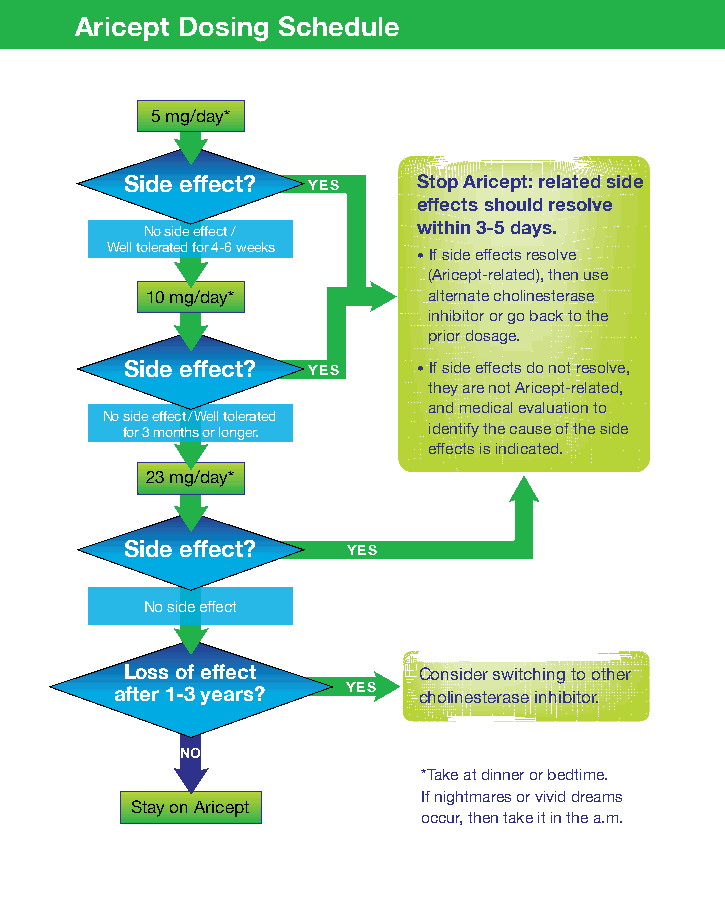
FAST Staging Aricept Dosing Schedule
 5 mg/day*
 Side effect? YES    Stop Aricept: related side
 effects should resolve
 No side effect /  within 3-5 days.
 Well tolerated for 4-6 weeks
 • If side effects resolve
 (Aricept-related), then use
 10 mg/day*        alternate cholinesterase
 inhibitor or go back to the
 prior dosage.
 Side effect? YES    • If side effects do not resolve,
 they are not Aricept-related,
 and medical evaluation to
 No side effect / Well tolerated
 for 3 months or longer. identify the cause of the side
 effects is indicated.
 23 mg/day*
 Side effect?   YES
 No side effect
 Loss of effect      Consider switching to other
 after 1-3 years? YES cholinesterase inhibitor.
 NO
 *Take at dinner or bedtime.
 If nightmares or vivid dreams
 Stay on Aricept
 occur, then take it in the a.m.